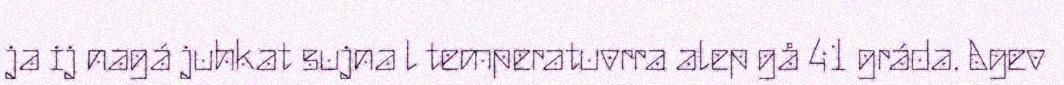
ja ij nagá juhkat sujna l temperatuvrra alep gå 41 gráda. Agev